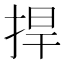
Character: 捍